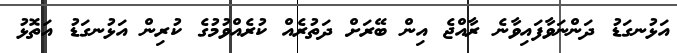
އަޅުނގަޑު ދަންނަވާފައިވާނެ ރާއްޖެ އިން ބޭރަށް ދަތުރެއް ކުރެއްވުމުގެ ކުރިން އަޅުނގަޑު އަތޮޅު